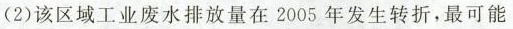
(2) 该区域工业废水排放量在 2005 年发生转折，最可能